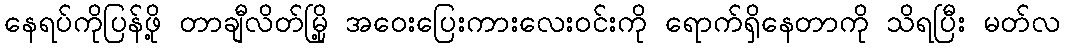
နေရပ်ကိုပြန်ဖို့ တာချီလိတ်မြို့ အဝေးပြေးကားလေးဝင်းကို ရောက်ရှိနေတာကို သိရပြီး မတ်လ